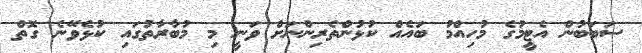
ސަބަބުން އެޓީމުގެ މުހިއްމު ބައެއް ކުޅުންތެރިންނަށް ވަނީ މި މުބާރާތުގައި ކުޅެވޭނެ ގޮތް